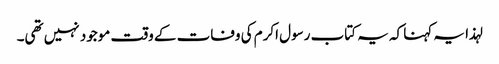
لہذا یہ کہنا کہ یہ کتاب رسول اکرم کی وفات کے وقت موجود نہیں تھی۔